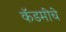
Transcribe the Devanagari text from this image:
कॅडमीचे